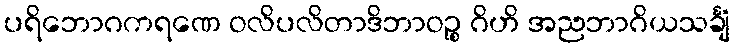
ပရိဘောဂကရဏေ ဝလိပလိတာဒိဘာဝဉ္စ ဂိဟိ အညဘာဂိယသင်္ချံ